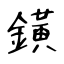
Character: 鐄